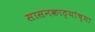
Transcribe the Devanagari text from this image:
सासनकाठ्यांच्या